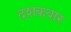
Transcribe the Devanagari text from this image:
दशकवार